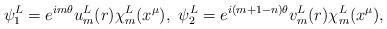
\begin{align*}\psi_1^L=e^{im\theta}u_m^L(r)\chi_m^L(x^\mu),~\psi_2^L=e^{i(m+1-n)\theta}v_m^L(r)\chi_m^L(x^\mu),\end{align*}